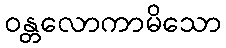
ဝန္တလောကာမိသော